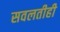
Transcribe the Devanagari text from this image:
सवलतीही